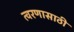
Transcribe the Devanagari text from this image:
त्वरणासाठी